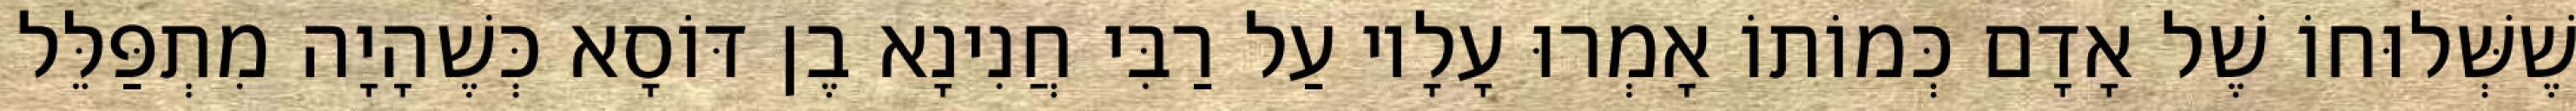
שֶׁשְּׁלוּחוֹ שֶׁל אָדָם כְּמוֹתוֹ אָמְרוּ עָלָיו עַל רַבִּי חֲנִינָא בֶן דּוֹסָא כְּשֶׁהָיָה מִתְפַּלֵּל